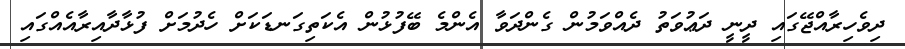
ދިވެހިރާއްޖޭގައި ދީނީ ދަޢުވަތު ދެއްވަމުން ގެންދަވާ އެންމެ ބޭފުޅުން އެކަތިގަނޑަކަށް ހެދުމަށް ފުޅާދާއިރާއެއްގައި